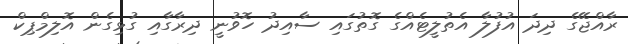
ރާއްޖޭގެ ދިދަ އުފުލާ އެތުލީޓެއްގެ ގޮތުގައި ސާއިދު ހޮވުނީ ދިރާގާއި ގުޅިގެން އޮލިމްޕިކް